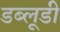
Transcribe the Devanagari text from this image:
डब्लूडी